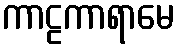
ကာဠကာရာမေ